Rangoon Lunatic Asylum 1893-1897 - 1893-1897
Year: 1893
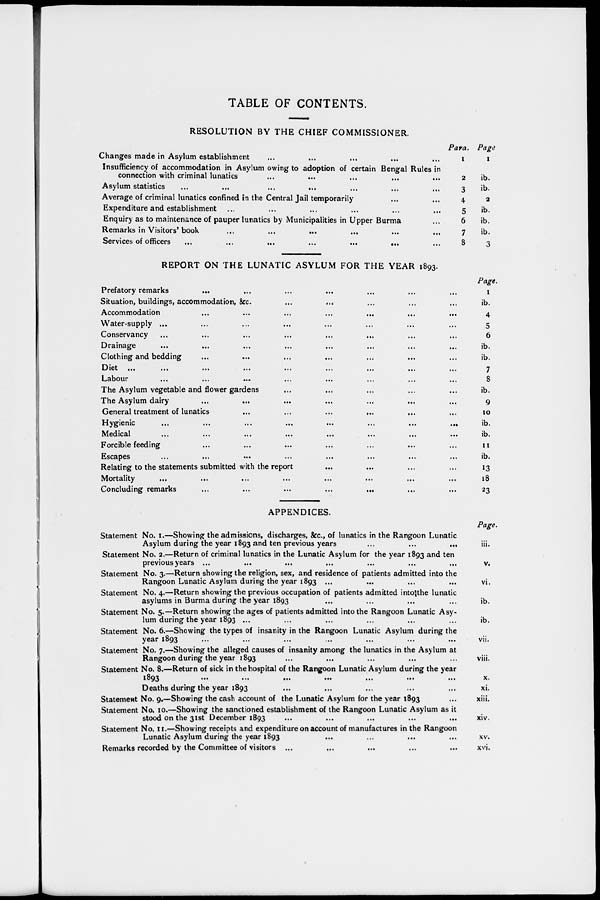
TABLE OF CONTENTS.
RESOLUTION BY THE CHIEF COMMISSIONER.
Changes made in Asylum establishment ... ... ... ... ...
Insufficiency of accommodation in Asylum owing to adoption of certain Bengal Rules in
connection with criminal lunatics ... ... ... ... ...
Asylum statistics ... ... ... ... ... ... ... ...
Average of criminal lunatics confined in the Central Jail temporarily ... ...
Expenditure and establishment ... ... ... ... ... ...
Enquiry as to maintenance of pauper lunatics by Municipalities in Upper Burma ...
Remarks in Visitors'book ... ... ... ... ... ...
Services of officers
...
...
...
...
...
...
Para.
1
2
3
4
5
6
7
8
Page
1
ib.
ib.
2
ib.
ib.
ib.
3
REPORT ON THE LUNATIC ASYLUM FOR THE YEAR 1893.
Prefatory remarks ... ... ... ... ... ... ...
Situation, buildings, accommodation, &c ... ... ... ... ... ... ...
Accommodation ... ... ... ... ... ... ...
Water-supply ... ... ... ... ... ... ... ...
Conservancy ... ... ... ... ... ... ...
Drainage ... ... ... ... ... ... ...
Clothing and bedding ... ... ... ... ... ... ...
Diet
...
...
...
...
...
...
...
Labour
...
...
...
...
...
...
...
The Asylum vegetable and flower gardens ... ... ... ... ... ... ...
The Asylum dairy ... ... ... ... ... ... ...
General treatment of lunatics ... ... ... ... ... ... ...
Hygienic
...
...
...
...
...
...
...
...
Medical ... ... ... ... ... ... ...
Forcible feeding ... ... ... ... ... ... ...
Escapes ... ... ... ... ... ... ...
Relating to the statements submitted with the report ... ... ... ... ... ... ...
Mortality ... ... ... ... ... ... ...
Concluding remarks
...
...
...
...
...
Page.
1
ib.
4
5
6
ib.
ib.
7
8
ib.
9
10
ib.
ib.
11
ib.
13
18
23
APPENDICES.
Statement No. 1.—Showing the admissions, discharges, &c., of lunatics in the Rangoon Lunatic
Asylum during the year 1893 and ten previous years ... ... ...
Statement No. 2.—Return of criminal lunatics in the Lunatic Asylum for the year 1893 and ten
previous years ... ... ... ... ... ... ... ...
Statement No. 3.—Return showing the religion, sex, and residence of patients admitted into the
Rangoon Lunatic Asylum during the year 1893 ... ... ... ...
Statement No. 4.—Return showing the previous occupation of patients admitted into the lunatic
asylums in Burma during the year 1893 ... ... ... ...
Statement No. 5.—Return showing the ages of patients admitted into the Rangoon Lunatic Asy-
lum during the year 1893 ... ... ... ... ... ...
Statement No. 6.—Showing the types of insanity in the Rangoon Lunatic Asylum during the
year 1893 ... ... ... ... ... ... ... ...
Statement No. 7.—Showing the alleged causes of insanity among the lunatics in the Asylum at
Rangoon during the year 1893 ... ... ... ... ... ... ... ...
Statement No. 8.—Return of sick in the hospital of the Rangoon Lunatic Asylum during the year
1893
...
...
...
...
...
...
...
...
Deaths during the year 1893 ... ... ... ... ... ... ... ...
Statement No. 9.—Showing the cash account of the Lunatic Asylum for the year 1893 ...
Statement No. 10.—Showing the sanctioned establishment of the Rangoon Lunatic Asylum as it
stood on the 31st December 1893 ... ... ... ... ...
Statement No. 11.—Showing receipts and expenditure on account of manufactures in the Rangoon
Lunatic Asylum during the year 1893 ... ... ... ...
Remarks recorded by the Committee of visitors ... ... ... ... ...
Page.
iii.
v.
vi.
ib.
ib.
vii.
viii.
x.
xi.
xiii.
xiv.
xv.
xvi.